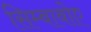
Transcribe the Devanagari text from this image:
सिम्बाबोए